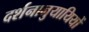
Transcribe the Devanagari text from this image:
दर्शनानुयायियों